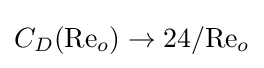
C_{D}({\text{Re}}_{o})\to 24/{\text{Re}}_{o}